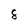
Character: 8